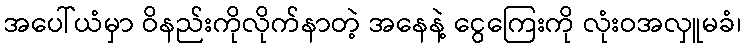
အပေါ်ယံမှာ ဝိနည်းကိုလိုက်နာတဲ့ အနေနဲ့ ငွေကြေးကို လုံးဝအလှူမခံ၊